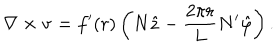
LaTeX: \nabla \times { \bf v } = f ^ { \prime } ( r ) \left( N \hat { z } - \frac { 2 \pi r } L N ^ { \prime } \hat { \varphi } \right) .